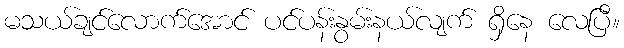
မသယ်ချင်လောက်အောင် ပင်ပန်းနွမ်းနယ်လျက် ရှိနေ လေပြီ။